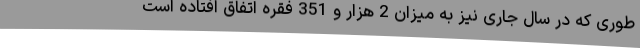
طوری که در سال جاری نیز به میزان 2 هزار و 351 فقره اتفاق افتاده است